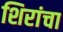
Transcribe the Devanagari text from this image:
शिरांचा